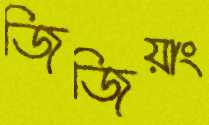
জিজিয়াং